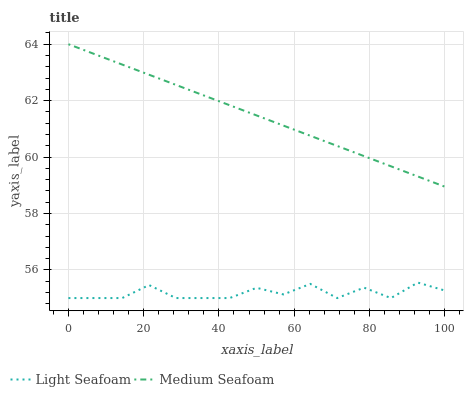
| xaxis_label | Light Seafoam | Medium Seafoam |
 | --- | --- | --- |
 | 0 | 55 | 64 |
 | 7.14 | 55 | 63.6 |
 | 14.3 | 55 | 63.3 |
 | 21.4 | 55.5 | 62.9 |
 | 28.6 | 55 | 62.6 |
 | 35.7 | 55 | 62.2 |
 | 42.9 | 55 | 61.8 |
 | 50 | 55.4 | 61.5 |
 | 57.1 | 55.1 | 61.1 |
 | 64.3 | 55.5 | 60.8 |
 | 71.4 | 55 | 60.4 |
 | 78.6 | 55.4 | 60 |
 | 85.7 | 55 | 59.7 |
 | 92.9 | 55.5 | 59.3 |
 | 100 | 55.3 | 59 |